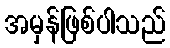
အမှန်ဖြစ်ပါသည်